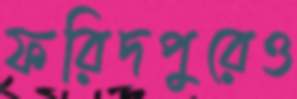
ফরিদপুরেও